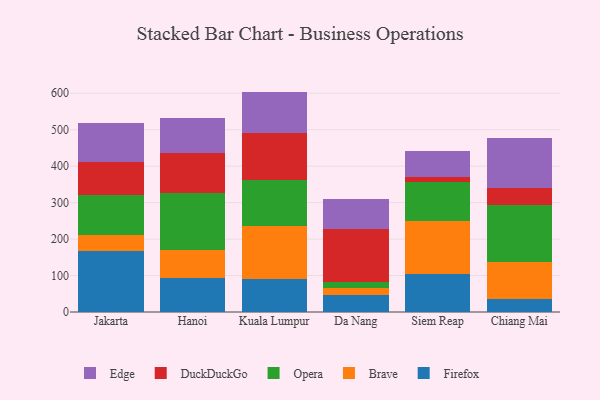
{"axis": {"x": "City", "y": "Shipments"}, "legend": ["Brave", "DuckDuckGo", "Edge", "Firefox", "Opera"], "data": [{"x": "Jakarta", "y": 168.1, "type": "Firefox"}, {"x": "Jakarta", "y": 42.0, "type": "Brave"}, {"x": "Jakarta", "y": 110.3, "type": "Opera"}, {"x": "Jakarta", "y": 90.5, "type": "DuckDuckGo"}, {"x": "Jakarta", "y": 108.1, "type": "Edge"}, {"x": "Hanoi", "y": 92.7, "type": "Firefox"}, {"x": "Hanoi", "y": 77.0, "type": "Brave"}, {"x": "Hanoi", "y": 156.3, "type": "Opera"}, {"x": "Hanoi", "y": 111.5, "type": "DuckDuckGo"}, {"x": "Hanoi", "y": 95.3, "type": "Edge"}, {"x": "Kuala Lumpur", "y": 91.4, "type": "Firefox"}, {"x": "Kuala Lumpur", "y": 145.2, "type": "Brave"}, {"x": "Kuala Lumpur", "y": 125.9, "type": "Opera"}, {"x": "Kuala Lumpur", "y": 128.9, "type": "DuckDuckGo"}, {"x": "Kuala Lumpur", "y": 113.2, "type": "Edge"}, {"x": "Da Nang", "y": 46.5, "type": "Firefox"}, {"x": "Da Nang", "y": 20.6, "type": "Brave"}, {"x": "Da Nang", "y": 14.6, "type": "Opera"}, {"x": "Da Nang", "y": 145.6, "type": "DuckDuckGo"}, {"x": "Da Nang", "y": 83.0, "type": "Edge"}, {"x": "Siem Reap", "y": 105.2, "type": "Firefox"}, {"x": "Siem Reap", "y": 143.6, "type": "Brave"}, {"x": "Siem Reap", "y": 108.7, "type": "Opera"}, {"x": "Siem Reap", "y": 11.8, "type": "DuckDuckGo"}, {"x": "Siem Reap", "y": 71.8, "type": "Edge"}, {"x": "Chiang Mai", "y": 36.7, "type": "Firefox"}, {"x": "Chiang Mai", "y": 100.0, "type": "Brave"}, {"x": "Chiang Mai", "y": 157.8, "type": "Opera"}, {"x": "Chiang Mai", "y": 44.8, "type": "DuckDuckGo"}, {"x": "Chiang Mai", "y": 138.9, "type": "Edge"}]}